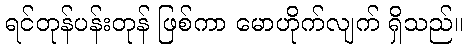
ရင်တုန်ပန်းတုန် ဖြစ်ကာ မောဟိုက်လျက် ရှိသည်။